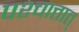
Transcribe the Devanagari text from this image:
पश्चात्तात्‌